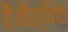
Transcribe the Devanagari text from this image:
हैं।वैश्विक